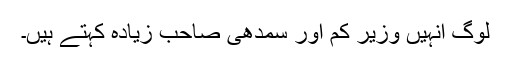
لوگ انہیں وزیر کم اور سمدھی صاحب زیادہ کہتے ہیں۔